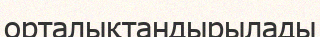
орталықтандырылады